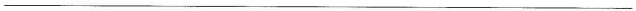
___